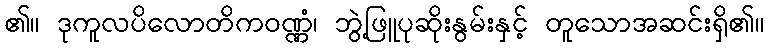
၏။ ဒုကူလပိလောတိကဝဏ္ဏံ၊ ဘွဲ့ဖြူပုဆိုးနွမ်းနှင့် တူသောအဆင်းရှိ၏။